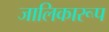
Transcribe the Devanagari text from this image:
जालिकारूप